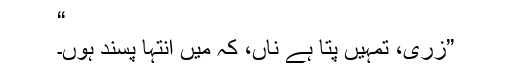
“
”زری، تمہیں پتا ہے ناں، کہ میں انتہا پسند ہوں۔